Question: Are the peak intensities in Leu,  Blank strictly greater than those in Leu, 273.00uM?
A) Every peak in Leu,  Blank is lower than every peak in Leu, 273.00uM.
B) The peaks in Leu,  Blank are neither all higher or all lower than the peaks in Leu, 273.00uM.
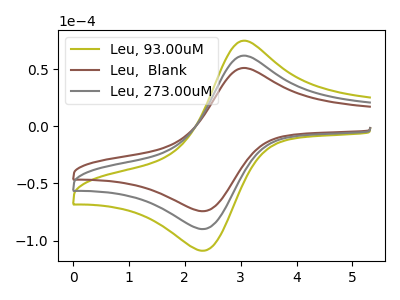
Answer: <think>The olive curve "Leu, 93.00uM" has an anodic peak at (3.00V, 122.75uA) and a cathodic peak at (2.30V, -179.65uA). The brown curve "Leu,  Blank" has an anodic peak at (3.00V, 50.70uA) and a cathodic peak at (2.30V, -74.20uA). The gray curve "Leu, 273.00uM" has an anodic peak at (3.00V, 61.40uA) and a cathodic peak at (2.30V, -89.80uA).</think>
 <answer>A) Every peak in "Leu,  Blank" is lower than every peak in "Leu, 273.00uM".</answer>
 <eval>A</eval>